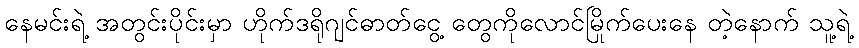
နေမင်းရဲ့ အတွင်းပိုင်းမှာ ဟိုက်ဒရိုဂျင်ဓာတ်ငွေ့ တွေကိုလောင်မြိုက်ပေးနေ တဲ့နောက် သူ့ရဲ့